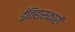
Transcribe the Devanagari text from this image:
ईतिहासकारों